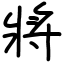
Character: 將